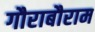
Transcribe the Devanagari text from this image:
गौराबौराम